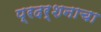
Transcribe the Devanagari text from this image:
प्रदर्शनाचा